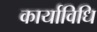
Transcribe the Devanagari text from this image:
कार्याविधि